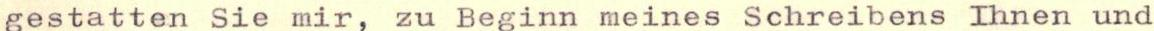
gestatten Sie mir, zu Beginn meines Schreibens Ihnen und